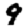
Digit: 9